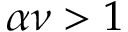
\alpha \nu > 1